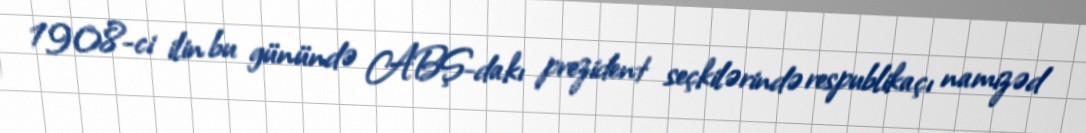
1908-ci ilin bu günündə ABŞ-dakı prezident seçkilərində respublikaçı namizəd